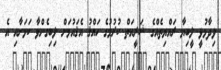
ވިދާޅުވީ ލީބިޔާ ރައްޔިތެއްގެ ޝަރީއަތް ކުރުމުގެ ހައްޤު އެޤައުމަށް ލިބިގެންވާ ކަމަށާއި އެ